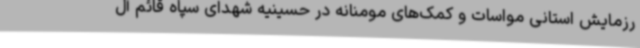
رزمایش استانی مواسات و کمک‌های مومنانه در حسینیه شهدای سپاه قائم آل